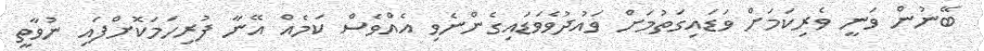
ބޭނުން ވަނީ ވެރިކަމަށް ވަޑައިގަތުމަށް ވައުދުވެވަޑައިގެންނެވި އެއްވެސް ކަމެއް އޭނާ ފުރިހަމަކޮށްފައި ނުވާތީ